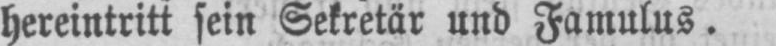
hereintritt sein Sekretär und Famulus.